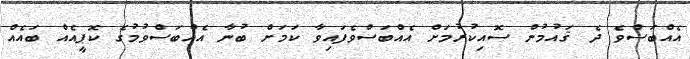
އެއްބަސްވެ ދެ ޤައުމުން ސޮއިކުރުމަށް އެއްބަސްވެފައިވާ ކަމަށް ބުނާ އެއްބަސްވުމުގެ ކޮޕީއެއް ބައެއް